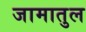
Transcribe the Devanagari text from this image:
जामातुल